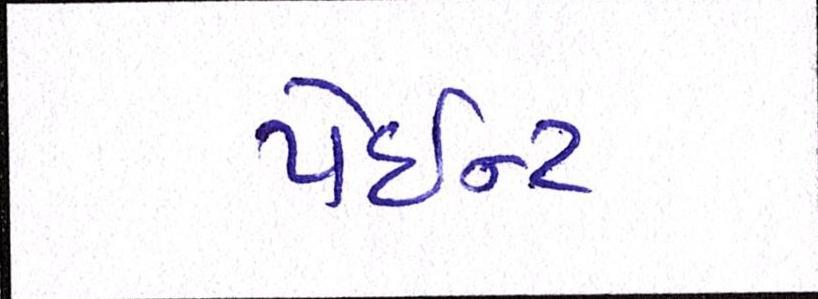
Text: પેઇન્ટ